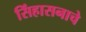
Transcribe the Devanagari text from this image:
सिंहासनाचे